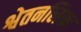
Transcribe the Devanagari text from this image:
श्वेतनलिका